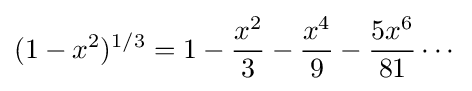
(1-x^{2})^{1/3}=1-{\frac {x^{2}}{3}}-{\frac {x^{4}}{9}}-{\frac {5x^{6}}{81}}\cdots